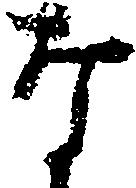
な